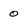
Character: 0